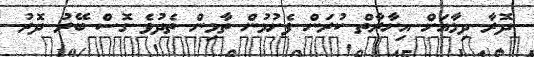
ދޮރާ ދިމާއަށް އިށާރާތް ކުރަން ފެށުމުން ތާމިން ތެދުވެ ގޮސް ބޭރު ދޮރު